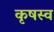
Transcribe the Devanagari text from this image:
कृषस्व